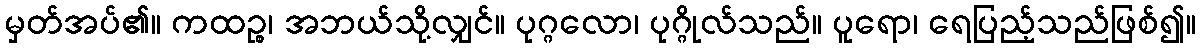
မှတ်အပ်၏။ ကထဉ္စ၊ အဘယ်သို့လျှင်။ ပုဂ္ဂလော၊ ပုဂ္ဂိုလ်သည်။ ပူရော၊ ရေပြည့်သည်ဖြစ်၍။